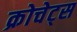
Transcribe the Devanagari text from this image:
क्रोचेट्स